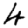
Digit: 4